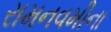
રામનવમીના